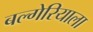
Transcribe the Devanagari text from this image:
बल्गेरियाला